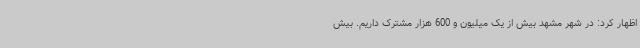
اظهار کرد: در شهر مشهد بیش از یک میلیون و 600 هزار مشترک داریم. بیش